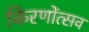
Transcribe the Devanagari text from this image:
किरणोंत्सव